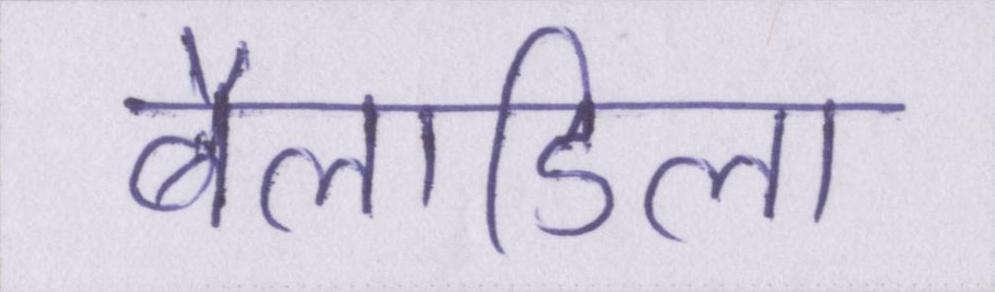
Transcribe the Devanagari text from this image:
बैलाडिला